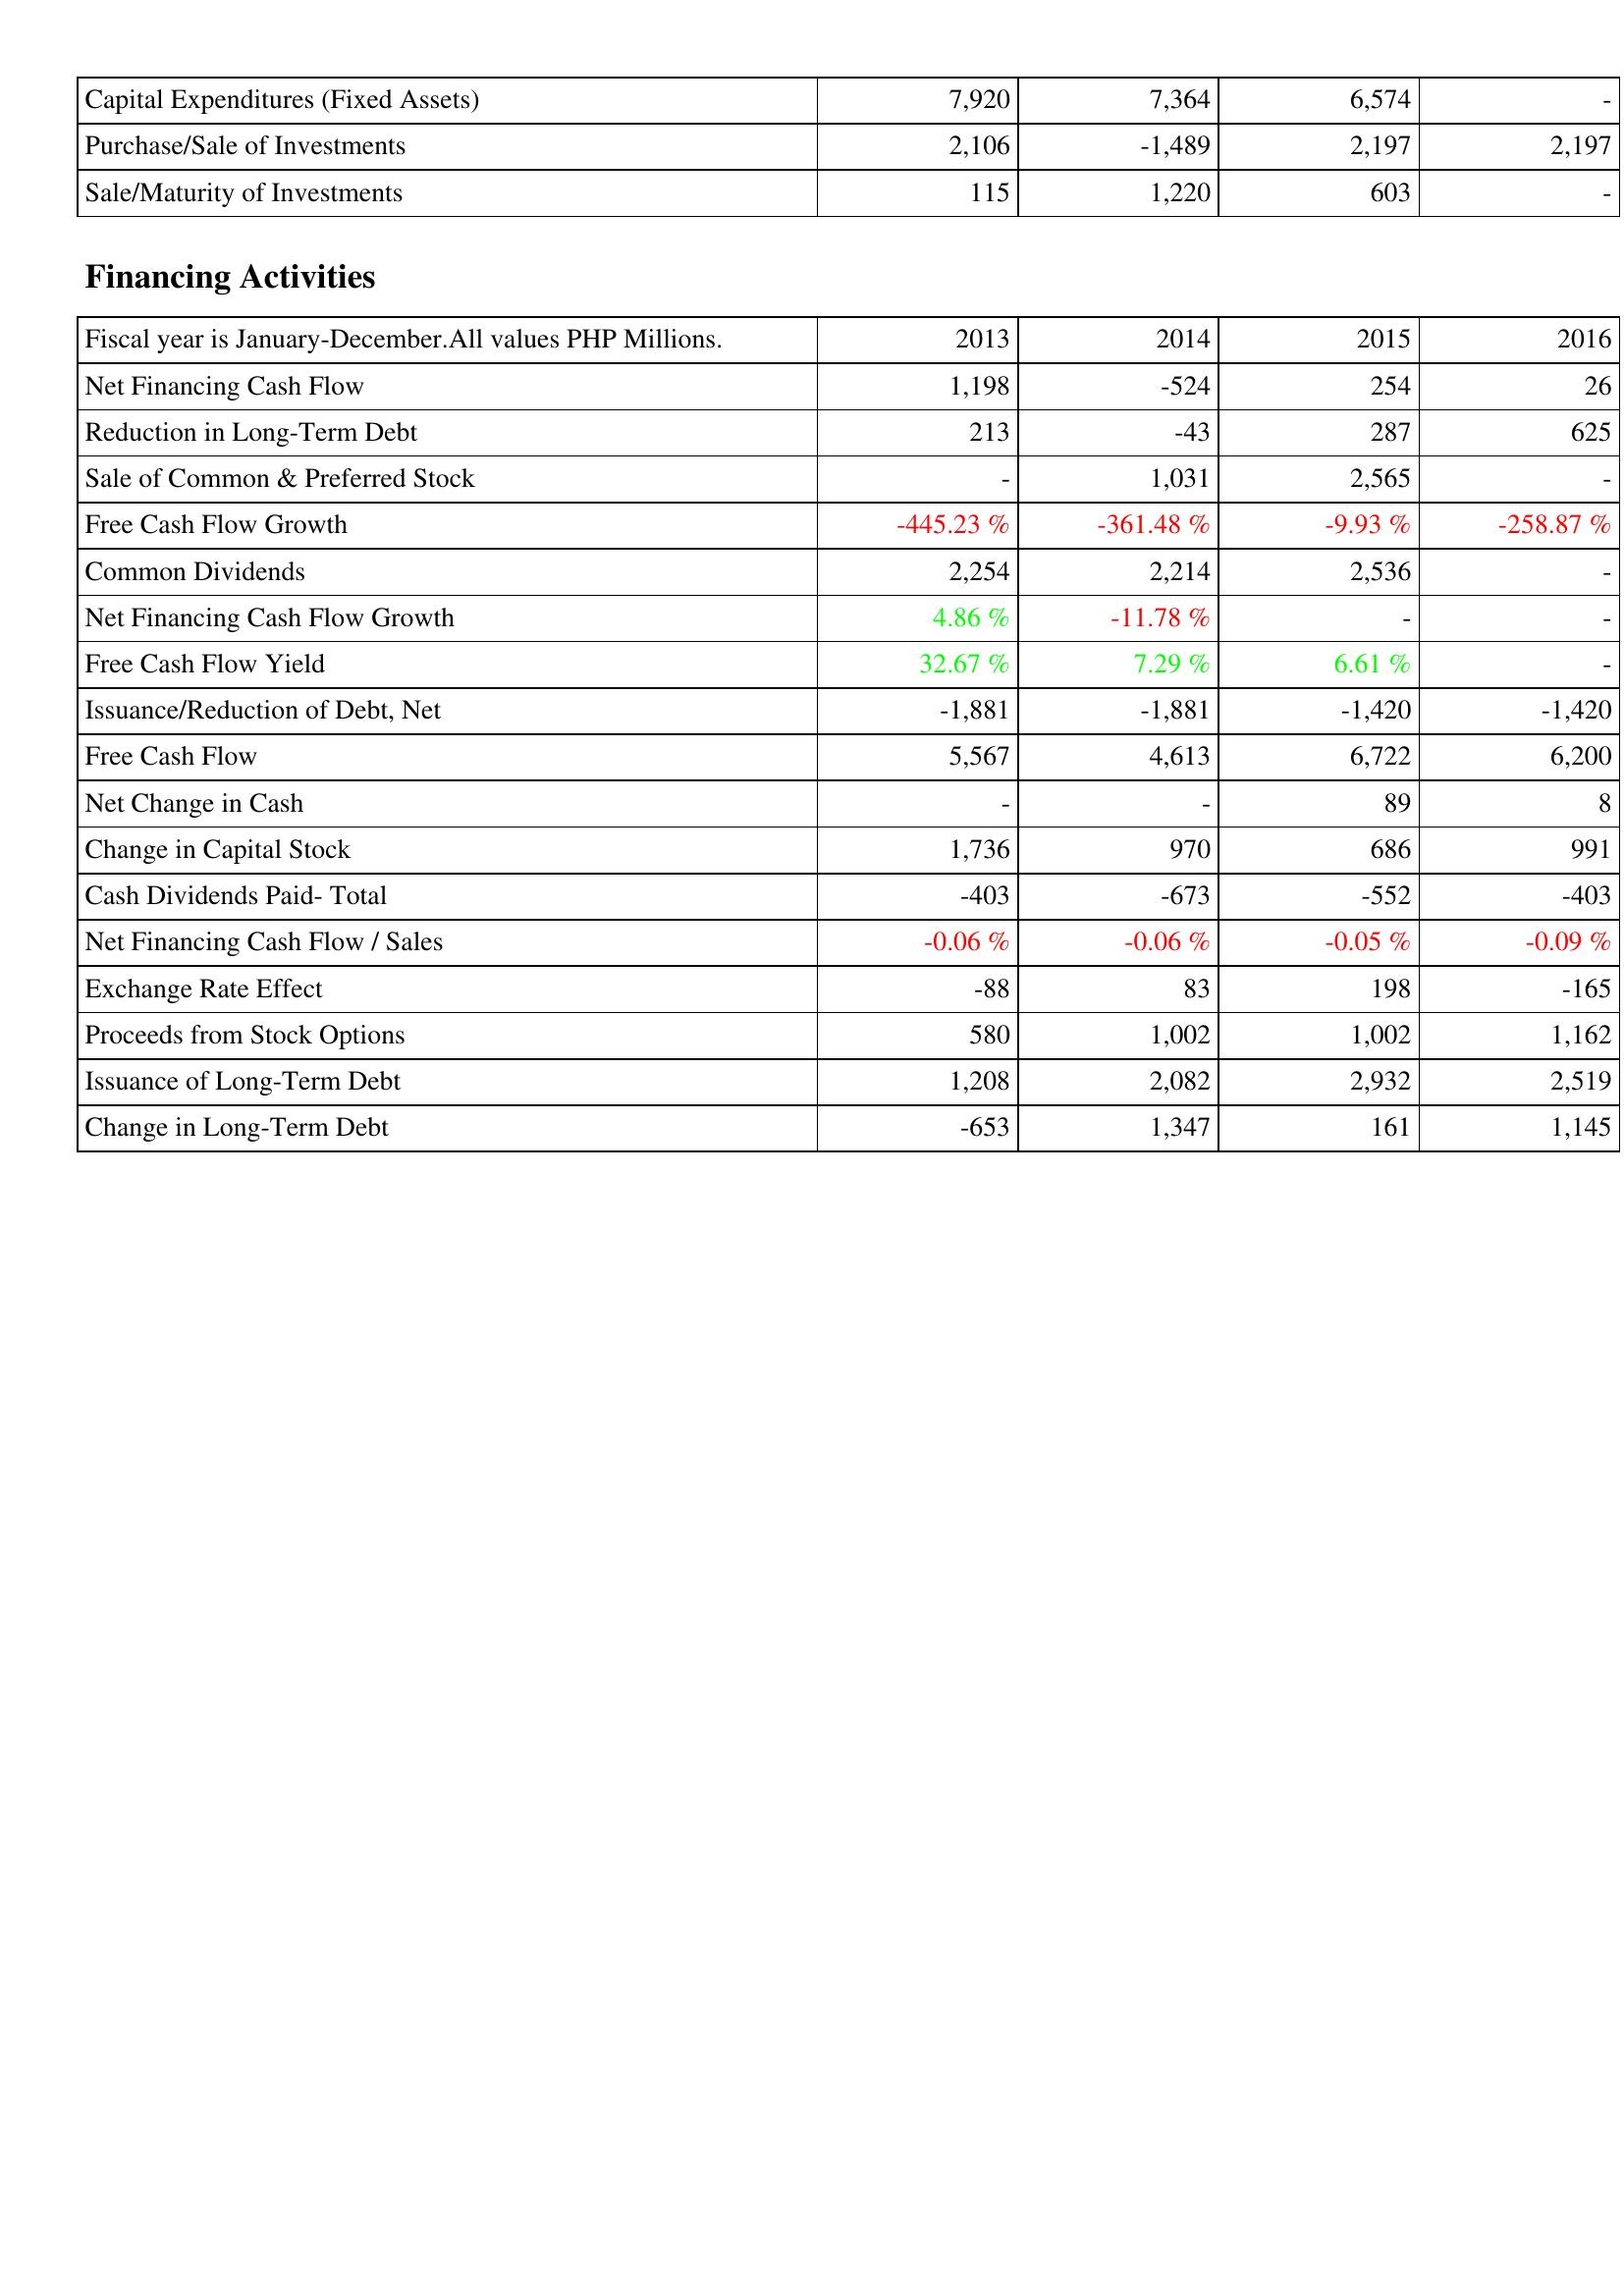
2013: Investing Activities: Capital Expenditures (Fixed Assets): 7,920
Purchase/Sale of Investments: 2,106
Sale/Maturity of Investments: 115
Financing Activities: Net Financing Cash Flow: 1,198
Reduction in Long-Term Debt: 213
Sale of Common & Preferred Stock: -
Free Cash Flow Growth: -445.23 %
Common Dividends: 2,254
Net Financing Cash Flow Growth: 4.86 %
Free Cash Flow Yield: 32.67 %
Issuance/Reduction of Debt, Net: -1,881
Free Cash Flow: 5,567
Net Change in Cash: -
Change in Capital Stock: 1,736
Cash Dividends Paid- Total: -403
Net Financing Cash Flow / Sales: -0.06 %
Exchange Rate Effect: -88
Proceeds from Stock Options: 580
Issuance of Long-Term Debt: 1,208
Change in Long-Term Debt: -653
2014: Investing Activities: Capital Expenditures (Fixed Assets): 7,364
Purchase/Sale of Investments: -1,489
Sale/Maturity of Investments: 1,220
Financing Activities: Net Financing Cash Flow: -524
Reduction in Long-Term Debt: -43
Sale of Common & Preferred Stock: 1,031
Free Cash Flow Growth: -361.48 %
Common Dividends: 2,214
Net Financing Cash Flow Growth: -11.78 %
Free Cash Flow Yield: 7.29 %
Issuance/Reduction of Debt, Net: -1,881
Free Cash Flow: 4,613
Net Change in Cash: -
Change in Capital Stock: 970
Cash Dividends Paid- Total: -673
Net Financing Cash Flow / Sales: -0.06 %
Exchange Rate Effect: 83
Proceeds from Stock Options: 1,002
Issuance of Long-Term Debt: 2,082
Change in Long-Term Debt: 1,347
2015: Investing Activities: Capital Expenditures (Fixed Assets): 6,574
Purchase/Sale of Investments: 2,197
Sale/Maturity of Investments: 603
Financing Activities: Net Financing Cash Flow: 254
Reduction in Long-Term Debt: 287
Sale of Common & Preferred Stock: 2,565
Free Cash Flow Growth: -9.93 %
Common Dividends: 2,536
Net Financing Cash Flow Growth: -
Free Cash Flow Yield: 6.61 %
Issuance/Reduction of Debt, Net: -1,420
Free Cash Flow: 6,722
Net Change in Cash: 89
Change in Capital Stock: 686
Cash Dividends Paid- Total: -552
Net Financing Cash Flow / Sales: -0.05 %
Exchange Rate Effect: 198
Proceeds from Stock Options: 1,002
Issuance of Long-Term Debt: 2,932
Change in Long-Term Debt: 161
2016: Investing Activities: Capital Expenditures (Fixed Assets): -
Purchase/Sale of Investments: 2,197
Sale/Maturity of Investments: -
Financing Activities: Net Financing Cash Flow: 26
Reduction in Long-Term Debt: 625
Sale of Common & Preferred Stock: -
Free Cash Flow Growth: -258.87 %
Common Dividends: -
Net Financing Cash Flow Growth: -
Free Cash Flow Yield: -
Issuance/Reduction of Debt, Net: -1,420
Free Cash Flow: 6,200
Net Change in Cash: 8
Change in Capital Stock: 991
Cash Dividends Paid- Total: -403
Net Financing Cash Flow / Sales: -0.09 %
Exchange Rate Effect: -165
Proceeds from Stock Options: 1,162
Issuance of Long-Term Debt: 2,519
Change in Long-Term Debt: 1,145